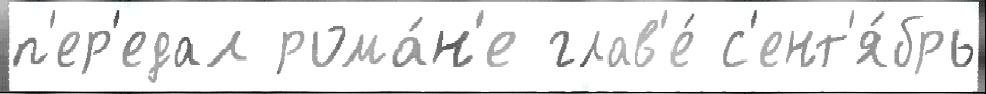
п'ер'едал рома́н'е глав'е́ с'ент'я́брь